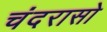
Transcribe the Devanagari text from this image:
चंदरासो